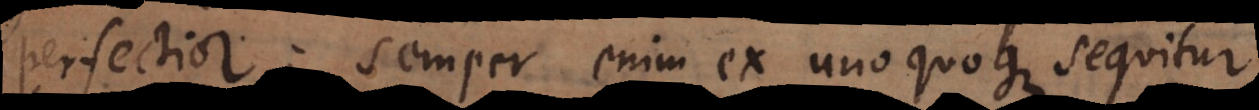
perfectior; semper enim ex unoquoque sequitur